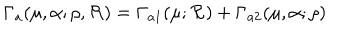
\Gamma _ { a } ( \mu , \alpha ; \rho , { \cal R } ) = \Gamma _ { a 1 } ( \mu ; { \cal R } ) + \Gamma _ { a 2 } ( \mu , \alpha ; \rho )